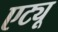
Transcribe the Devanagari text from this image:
एट्यू